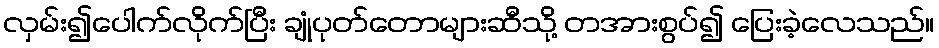
လှမ်း၍ပေါက်လိုက်ပြီး ချုံပုတ်တောများဆီသို့ တအားစွပ်၍ ပြေးခဲ့လေသည်။